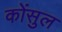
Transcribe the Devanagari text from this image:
कोंसुल